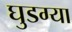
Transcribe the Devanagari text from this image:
घुडग्या